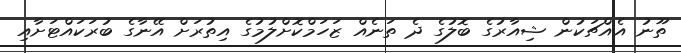
ތޫނު އެއްޗަކުން ޝިއާރުގެ ބޮލުގެ ދެ ތަނެއް ޒަހަމްކޮށްލުމުގެ އިތުރަށް އޭނާގެ ބުރަކައްޓަށާއި